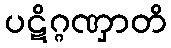
ပဋိဂ္ဂဏှာတိ